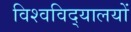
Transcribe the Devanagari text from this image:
विश्‍वविद्‌यालयों